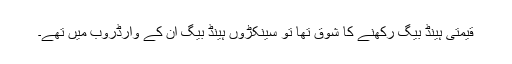
قیمتی ہینڈ بیگ رکھنے کا شوق تھا تو سینکڑوں ہینڈ بیگ اُن کے وارڈروب میں تھے۔